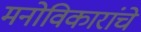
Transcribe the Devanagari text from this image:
मनोविकारांचे